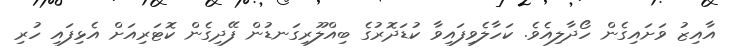
އާއިޒު ވަށައިގެން ހޯދާލިއެވެ. ކަހާލެވިފައިވާ ކުޑަދޮރުގެ ބިއްލޫރިގަނޑުން ފޭދިގެން ކޮޓަރިއަށް އެޅިފައި ހުރި